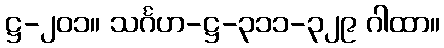
ဋ္ဌ-၂၀၁။ သင်္ဂဟ-ဋ္ဌ-၃၁၁-၃၂၉ ဂါထာ။